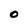
Character: 0